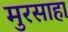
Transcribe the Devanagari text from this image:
मुरसाहा